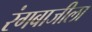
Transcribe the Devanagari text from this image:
रंगबाजीला